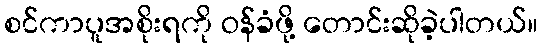
စင်ကာပူအစိုးရကို ဝန်ခံဖို့ တောင်းဆိုခဲ့ပါတယ်။